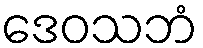
ဒေဝသဘံ